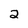
Character: 2